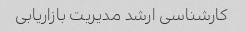
کارشناسی ارشد مدیریت بازاریابی